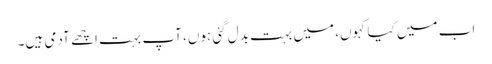
اب میں کیا کہوں، میں بہت بدل گئی ہوں، آپ بہت اچھے آدمی ہیں۔